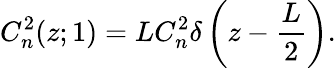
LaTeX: C_{n}^{2}(z;1)=LC_{n}^{2}\delta\left(z-\frac{L}{2}\right).